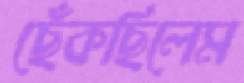
ছেঁকছিলেম